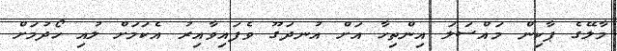
މާލޭގެ ޕާކިން މައްސަލަ އިންތިހާ އަށް އުނދަގޫ ވެފައިވާއިރު އެކަމަށް ލުއި ހޯދުމަށް